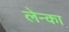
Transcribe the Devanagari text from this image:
लेन्का